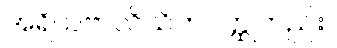
အရိယဗာလိသိကဝတ္ထုတည်း။